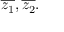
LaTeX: { \overline { { z _ { 1 } } } } , { \overline { { z _ { 2 } } } } .